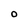
Character: O